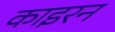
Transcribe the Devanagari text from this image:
काइरन